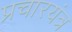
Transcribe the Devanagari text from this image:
प्रचारयंत्र